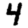
Digit: 4